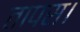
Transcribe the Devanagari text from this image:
तापस।